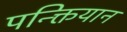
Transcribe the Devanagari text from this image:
पन्क्तियान